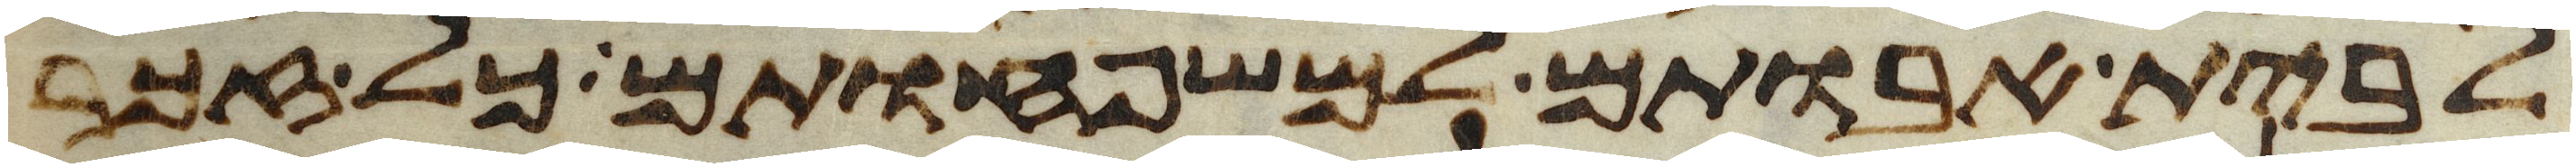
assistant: לבית אבותם למשפחותם כל זכר